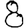
Digit: 8